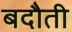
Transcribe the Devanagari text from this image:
बदौती